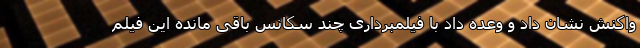
واکنش نشان داد و وعده داد با فیلمبرداری چند سکانس باقی مانده این فیلم